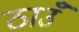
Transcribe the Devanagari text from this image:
ठाउँ